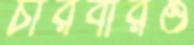
চারবারও